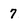
Character: 7